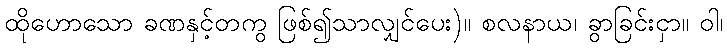
ထိုဟောသော ခဏနှင့်တကွ ဖြစ်၍သာလျှင်ပေး)။ စလနာယ၊ ခွာခြင်းငှာ။ ဝါ၊